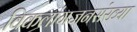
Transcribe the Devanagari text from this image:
विकलांगजनसंख्या